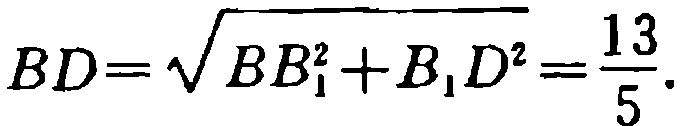
\(BD=\sqrt{BB_{1}^{2}+B_{1}D^{2}}=\frac{13}{5}.\)